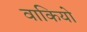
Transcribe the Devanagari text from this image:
वाकियो